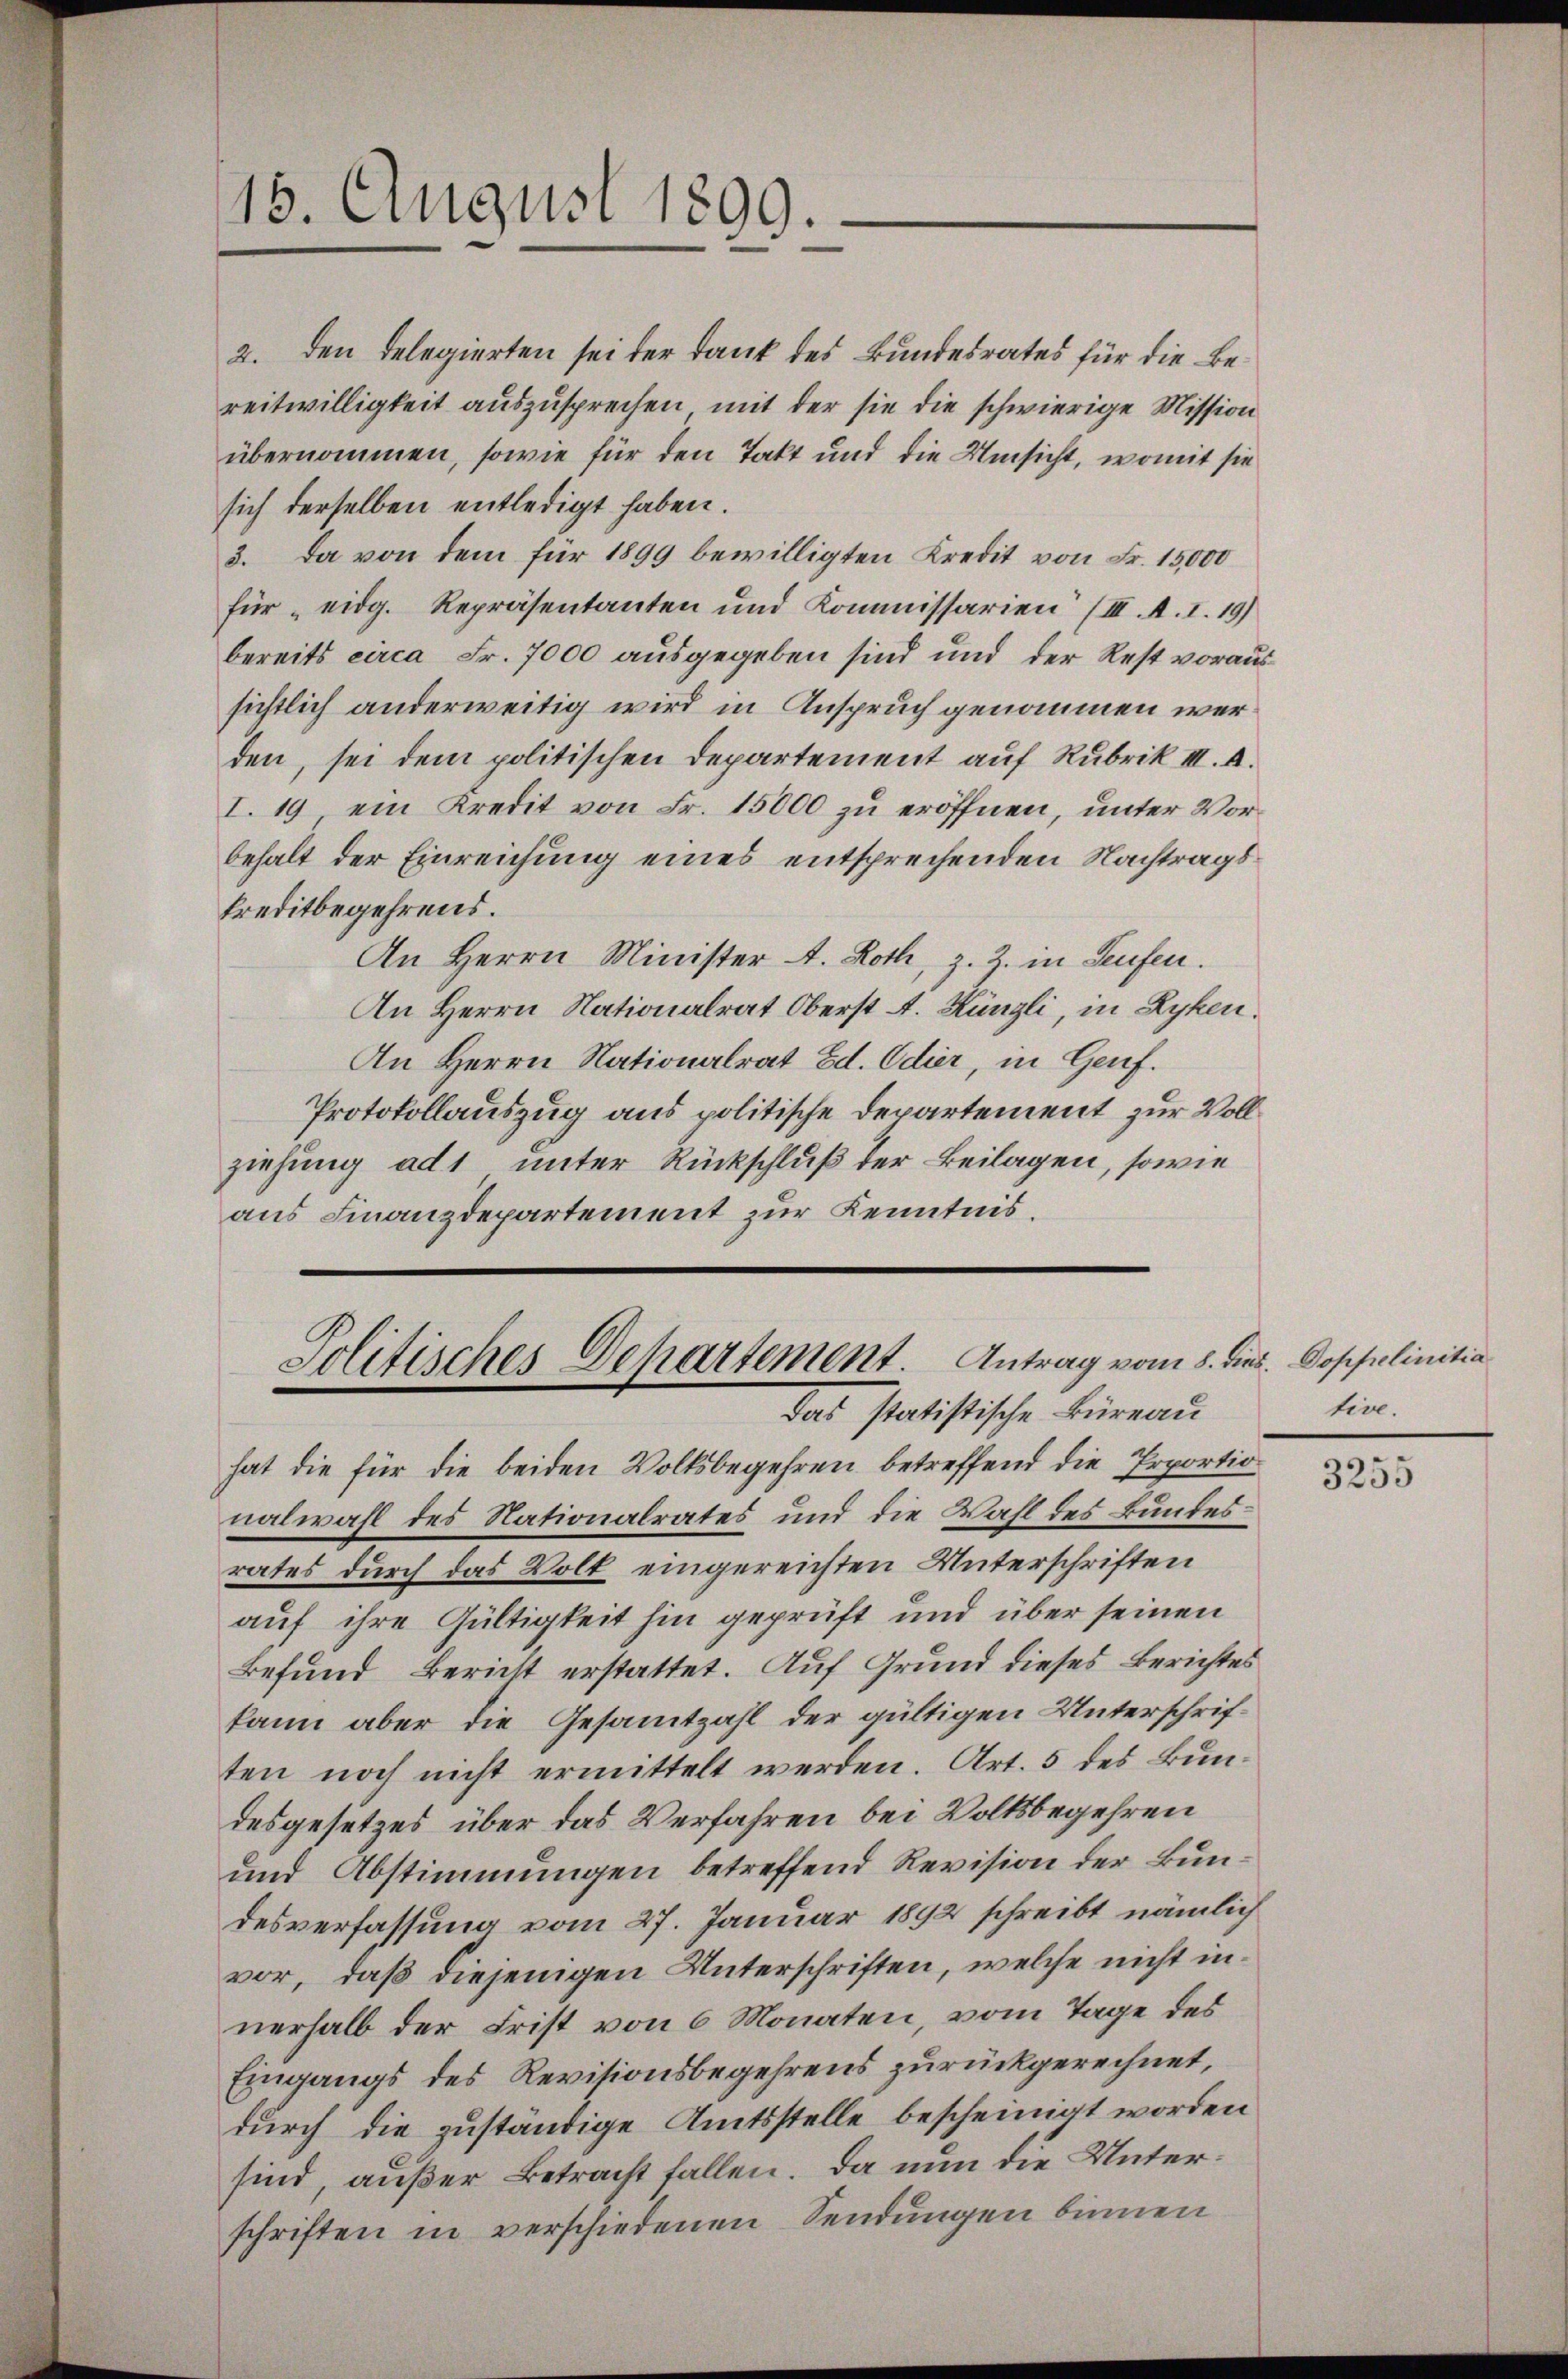
15. August 1899.

Jolitisches Departement. Antrag vom 8. dies
das statistische Büreau

hat die für die beiden Volksbegehren betreffend die Erportion
nalwahl des Nationalrates und die Wahl des Bundesrates durch das Volk eingereichten Unterschriften
auf ihre Gültigkeit hin geprüft und über seinen
Befund Bericht erstattet. Auf Grund dieses Berichtes
kann aber die Gesammtzahl der gültigen Unterschriften noch nicht ermittelt werden. Art. 5 des Bundesgesetzes über das Verfahren bei Volksbegehren
und Abstimmungen betreffend Revision der Bundesverfassung vom 27. Januar 1892 schreibt nämlich
vor, daß diejenigen Unterschriften, welche nicht innerhalb der Frist von 6 Monaten, vom Tage des
Eingangs des Revisionsbegehrens zurückgerechnet,
durch die zuständige Amtsstelle bescheinigt worden
sind, außer Betracht fallen. Da nun die Unterschriften in verschiedenen Sendungen binnen

2. den Telegierten sei der Dank des Bundesrates für die Bereitwilligkeit auszusprechen mit der sie die schwierige Mission
übernommen, sowie für den Takt und die Umsicht, womit sie
sich derselben entledigt haben.
3. Da von dem für 1899 bewilligten Kredit von Fr. 15,000
für eidg. Repräsentanten und Kommissarien (III. A. I. 19)
bereits circa Fr. 7000 ausgegeben sind und der Rest voraus
sichtlich anderweitig wird in Anspruch genommen werden, sei dem politischen Departement auf Rubrik III. A.
I. 19 ein Kredit von Fr. 15000 zu eröffnen, unter Vorbehalt der Einreichung eines entsprechenden Nachtragskreditbegehrens.
An Herrn Minister A. Roth, z. Z. in Seufen.
An Herrn Nationalrat Oberst A. Künzli, in Ryken.
An Herrn Nationalrat Ed. Odier, in Genf.
Protokollauszug aus politische Departement zur Vollziehung ad 1, unter Rückschluß der Beilagen, sowie
aus Finanzdepartement zur Kenntnis.

Doppelinitia
tive.

3255